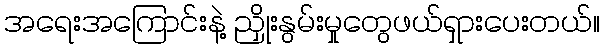
အရေးအကြောင်းနဲ့ ညှိုးနွမ်းမှုတွေဖယ်ရှားပေးတယ်။